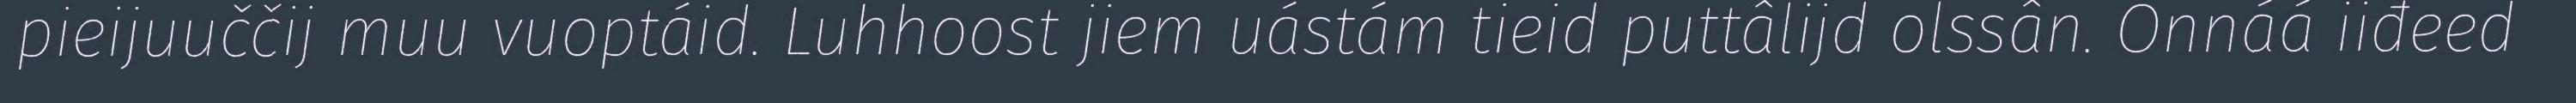
pieijuuččij muu vuoptáid. Luhhoost jiem uástám tieid puttâlijd olssân. Onnáá iiđeed